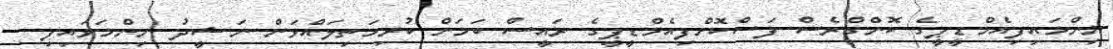
ނިންމައިފިއެމްޑީޕީގެ ކޮންގްރެސް ފަސްކޮށްފިއެމްޑީޕީގެ ރައީސް ކަމަށް ކުރިމަތިލައްވަން ނަޝީދު ނިންމަވައިފި